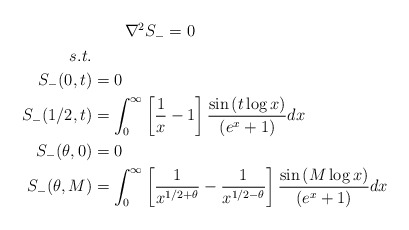
\begin{align*}\begin{aligned}&\qquad\nabla^2 S_-=0\\s.t.&\\S_-(0,t)&=0\\S_-(1/2,t)&=\int_{0}^{\infty} \left[\frac{1}{x}-1\right]\frac{\sin\left(t\log x\right) }{\left(e^{x}+1\right)}dx\\S_-(\theta,0)&=0\\S_-(\theta,M)&=\int_{0}^{\infty} \left[\frac{1}{x^{1/2+\theta}}-\frac{1}{x^{1/2-\theta}}\right]\frac{\sin\left(M\log x\right) }{\left(e^{x}+1\right)}dx\\\end{aligned}\end{align*}